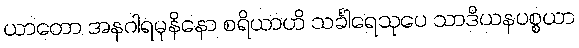
ယာတော အနဂါရမုနိနော စရိယာဟိ သင်္ခါရေသုပေ သာဒိယနပစ္စယာ